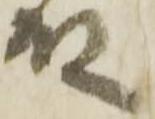
殿